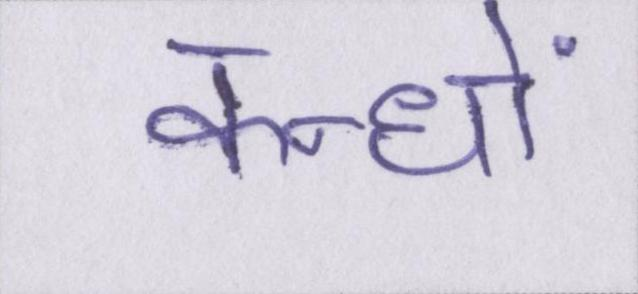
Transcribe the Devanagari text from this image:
कन्धों